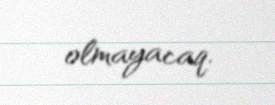
olmayacaq.